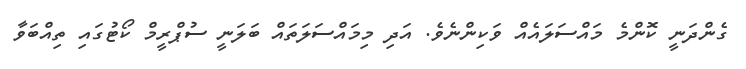
ގެންދަނީ ކޮންމެ މައްސަލައެއް ވަކިންނެވެ. އަދި މިމައްސަލަތައް ބަލަނީ ސުޕްރީމް ކޯޓުގައި ތިއްބަވާ